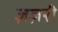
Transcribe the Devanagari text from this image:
ज़ज़री